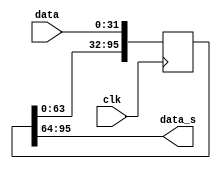
`timescale 1ns / 1ps
module shift #(parameter M = 3, N = 32)(
	input clk,
	input [N-1:0]data,
	output [N-1:0]data_s
);

	reg [M*N-1:0]shift;
	
	always@(posedge clk) shift <= {shift[(M-1)*N-1:0],data};
	
	assign data_s = shift[M*N-1:(M-1)*N];

endmodule